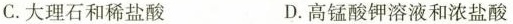
C.大理石和稀盐酸 D.高锰酸钾溶液和浓盐酸